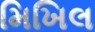
મિખિલ